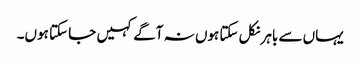
یہاں سے باہر نکل سکتا ہوں نہ آگے کہیں جا سکتا ہوں۔